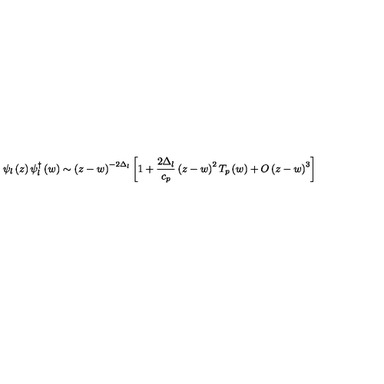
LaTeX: \psi _ { l } \left( z \right) \psi _ { l } ^ { \dagger } \left( w \right) \sim \left( z - w \right) ^ { - 2 \Delta _ { l } } \left[ 1 + \frac { 2 \Delta _ { l } } { c _ { p } } \left( z - w \right) ^ { 2 } T _ { p } \left( w \right) + O \left( z - w \right) ^ { 3 } \right]